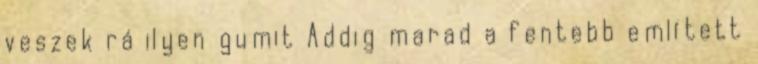
veszek rá ilyen gumit Addig marad a fentebb említett